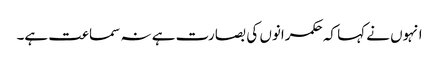
انہوں نے کہا کہ حکمرانوں کی بصارت ہے نہ سماعت ہے۔